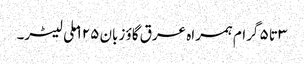
۳ تا ۵ گرام ہمراہ عرق گاؤ زبان ۱۲۵ ملی لیٹر۔